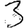
Digit: 3